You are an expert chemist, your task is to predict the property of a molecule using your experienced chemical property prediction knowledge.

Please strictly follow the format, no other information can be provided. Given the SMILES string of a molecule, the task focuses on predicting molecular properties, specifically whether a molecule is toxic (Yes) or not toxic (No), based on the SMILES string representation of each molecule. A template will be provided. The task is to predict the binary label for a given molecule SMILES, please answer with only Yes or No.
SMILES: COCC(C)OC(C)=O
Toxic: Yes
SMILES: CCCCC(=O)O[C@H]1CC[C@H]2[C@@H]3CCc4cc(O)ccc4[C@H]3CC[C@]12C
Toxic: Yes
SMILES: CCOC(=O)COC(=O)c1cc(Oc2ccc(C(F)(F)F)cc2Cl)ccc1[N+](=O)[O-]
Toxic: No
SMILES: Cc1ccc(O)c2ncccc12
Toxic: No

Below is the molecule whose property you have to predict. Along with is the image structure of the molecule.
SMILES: O=C(CBr)c1ccc(O)cc1
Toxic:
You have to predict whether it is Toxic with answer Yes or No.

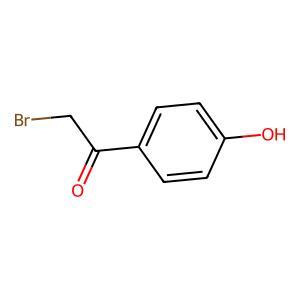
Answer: No